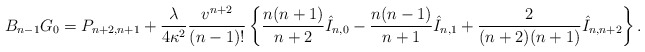
\begin{align*} B_{n-1}G_0=P_{n+2,n+1}+\frac{\lambda}{4\kappa^2}\frac{v^{n+2}}{(n-1)!}\left\{\frac{n(n+1)}{n+2}\hat{I}_{n,0}-\frac{n(n-1)}{n+1}\hat{I}_{n,1}+\frac{2}{(n+2)(n+1)}\hat{I}_{n,n+2}\right\}.\end{align*}